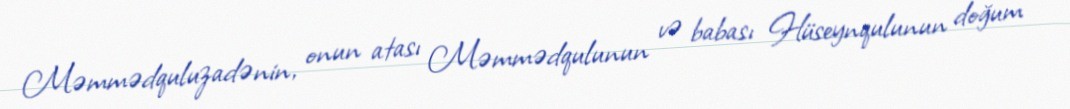
Məmmədquluzadənin, onun atası Məmmədqulunun və babası Hüseynqulunun doğum